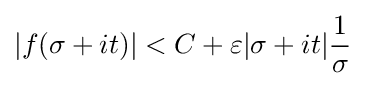
|f(\sigma +it)|<C+\varepsilon |\sigma +it|{\frac {1}{\sigma }}